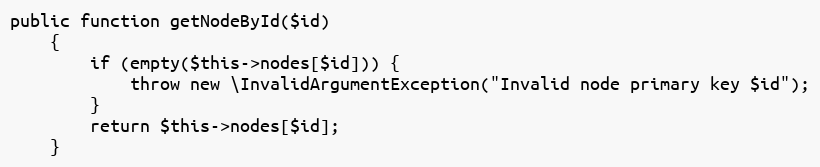
Language: PHP
public function getNodeById($id)
    {
        if (empty($this->nodes[$id])) {
            throw new \InvalidArgumentException("Invalid node primary key $id");
        }
        return $this->nodes[$id];
    }